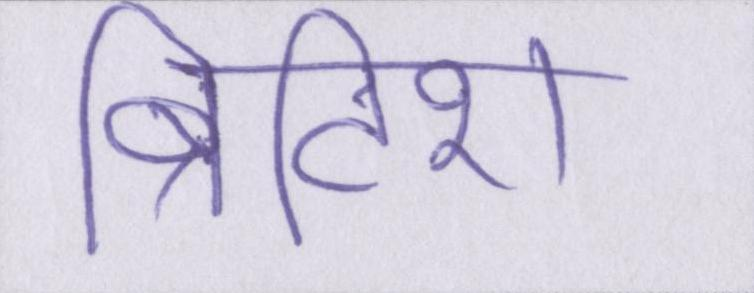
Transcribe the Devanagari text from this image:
ब्रिटिश